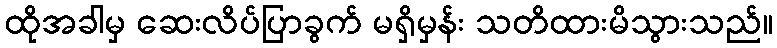
ထိုအခါမှ ဆေးလိပ်ပြာခွက် မရှိမှန်း သတိထားမိသွားသည်။